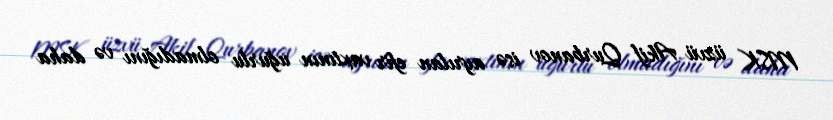
MSK üzvü Akif Qurbanov isə ayrılan efir vaxtının uğurlu olmadığını və daha